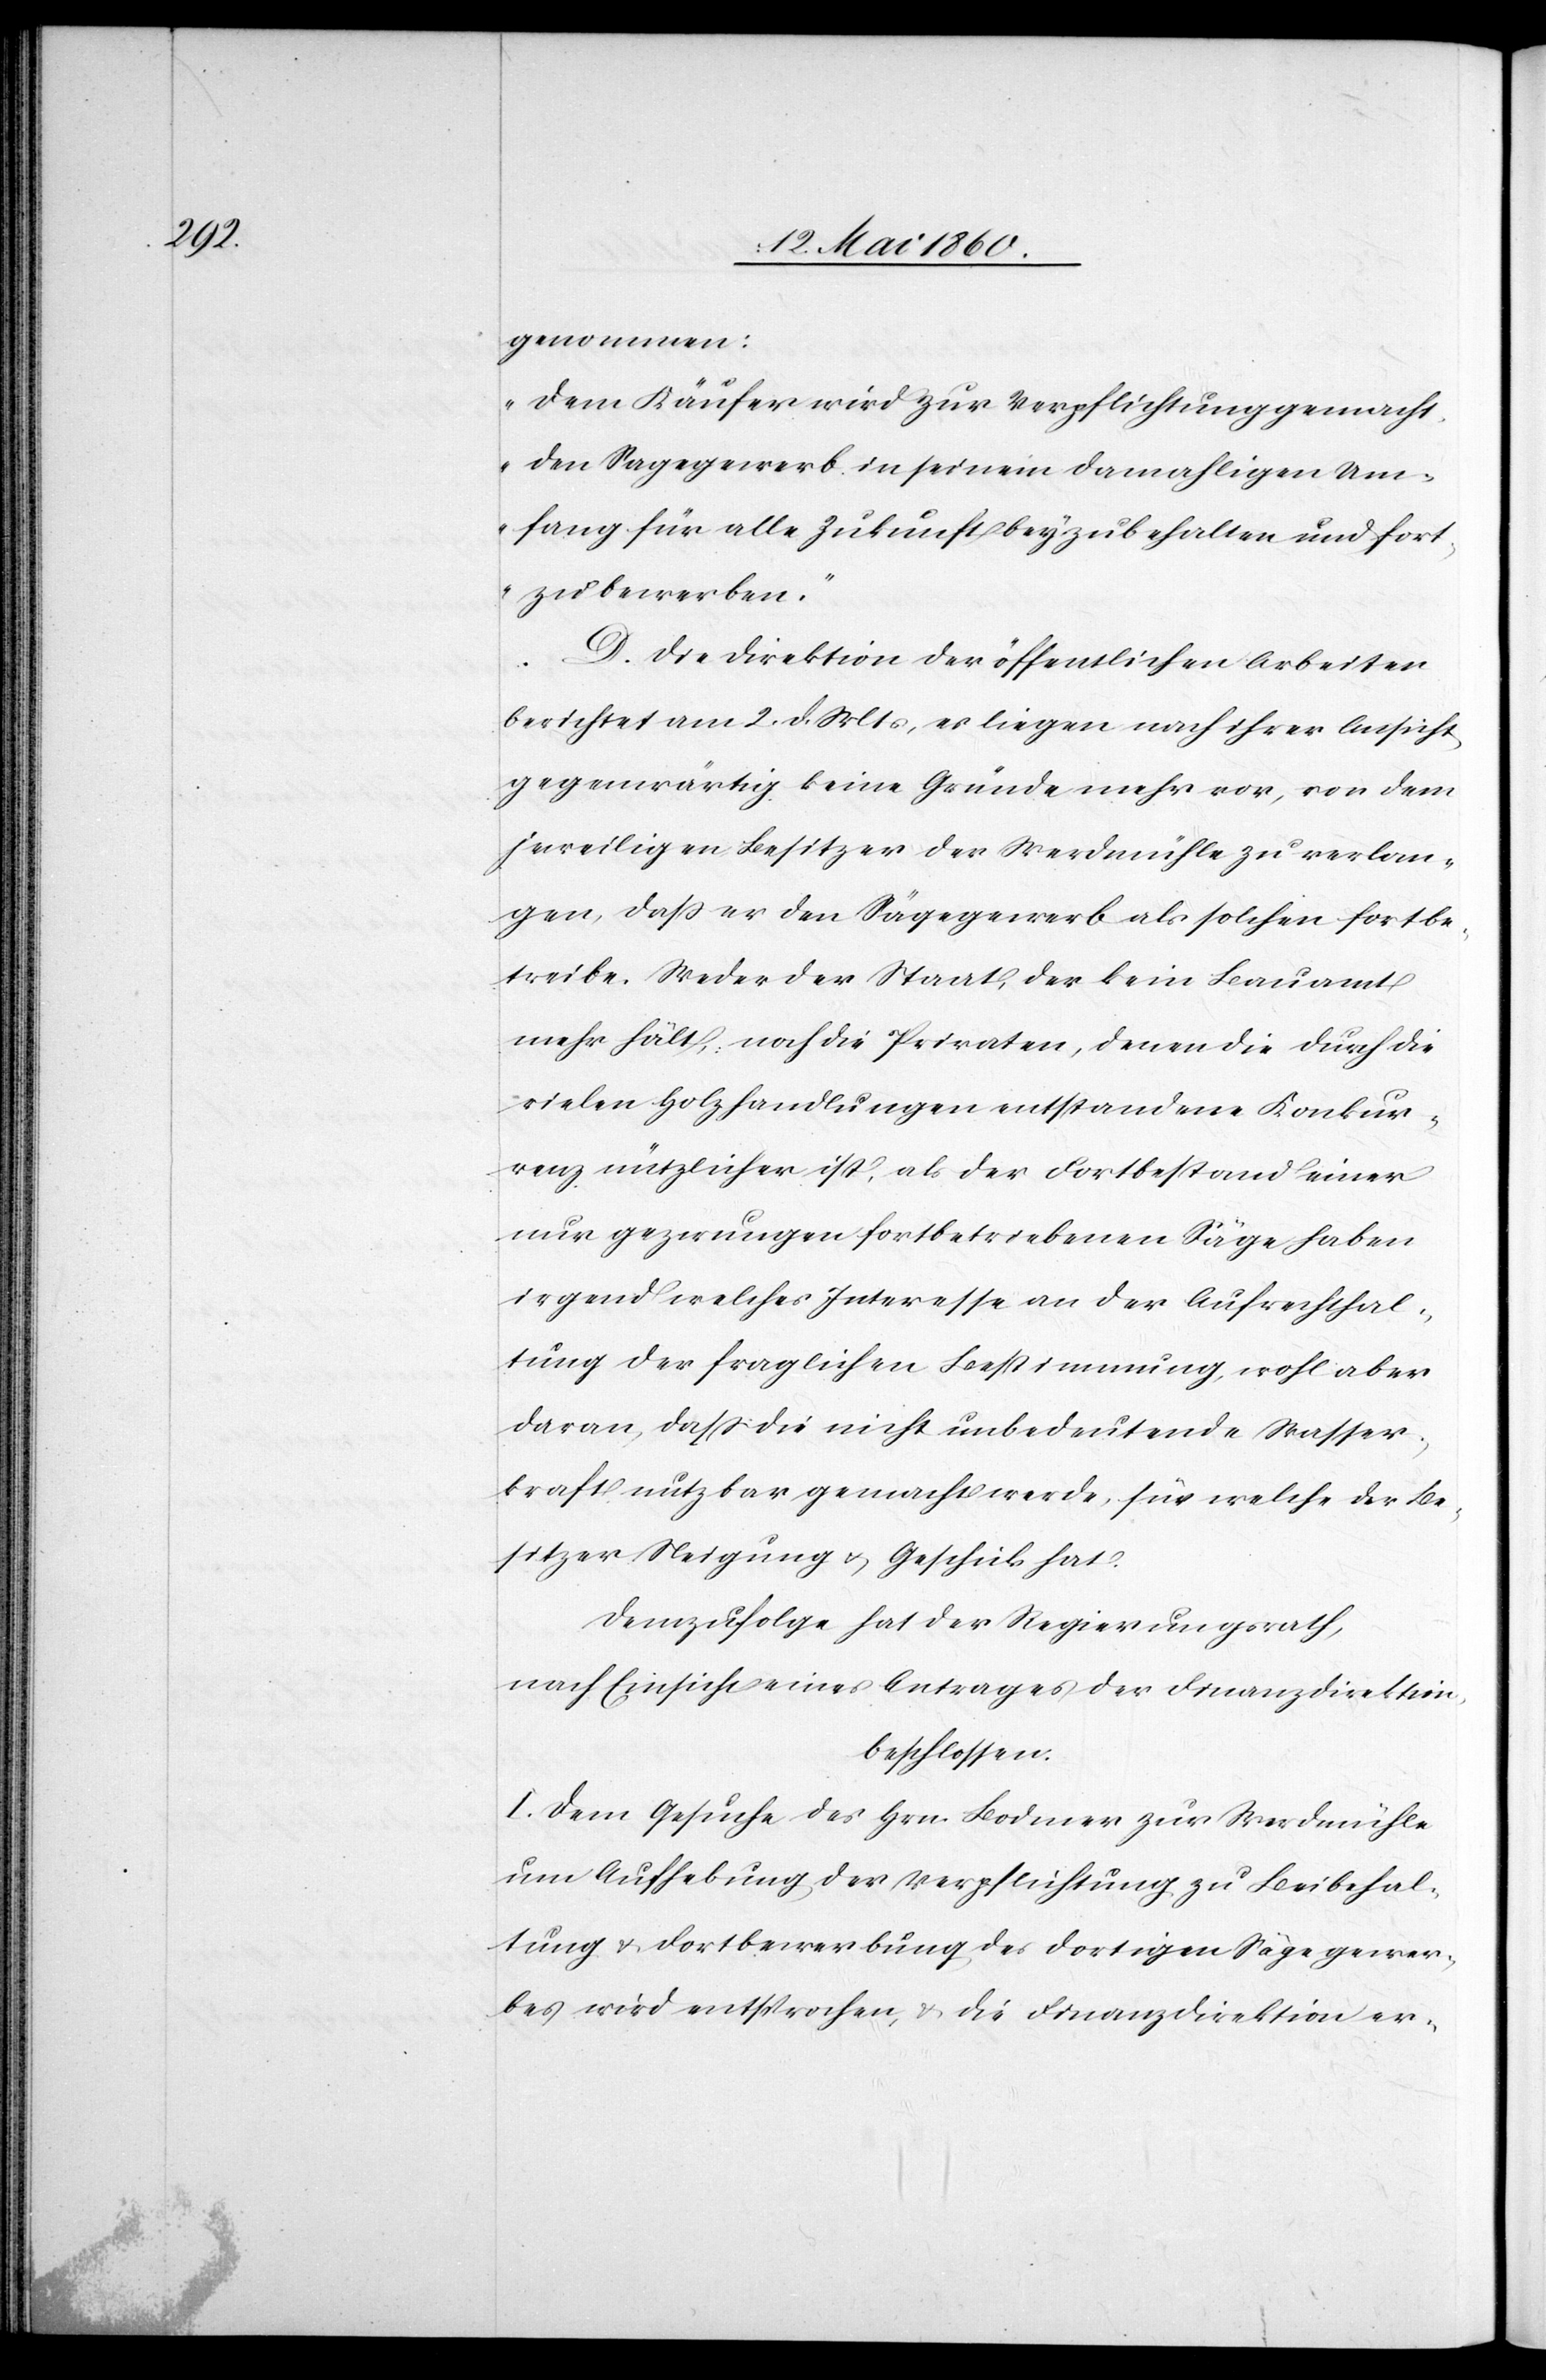
genommen:
„Dem Käufer wird zur Verpflichtung gemacht,
den Sagegewerb in seinem damahligen Um¬
fang für alle Zukunft beyzubehalten und fort¬
zubewerben.“
D. Die Direktion der öffentlichen Arbeiten
berichtet am 2. d. Mts., es liegen nach ihrer Ansicht
gegenwärtig keine Gründe mehr vor, von dem
jeweiligen Besitzer der Werdmühle zu verlan¬
gen, dass er den Sägegewerb als solchen fortbe¬
treibe. Weder der Staat, der kein Bauamt
mehr hält, noch die Privaten, denen die durch die
vielen Holzhandlungen entstandene Konkur¬
renz nützlicher ist, als der Fortbestand einer
nur gezwungen fortbetriebenen Säge haben
irgend welches Interesse an der Aufrechthal¬
tung der fraglichen Bestimmung, wohl aber
daran, dass die nicht unbedeutende Wasser¬
kraft nutzbar gemacht werde, für welche der Be¬
sitzer Neigung u. Geschick hat.
Demzufolge hat der Regierungsrath,
nach Einsicht eines Antrages der Finanzdirektion,
beschlossen:
I. Dem Gesuche des Hrn. Bodmer zur Werdmühle
um Aufhebung der Verpflichtung zu Beibehal¬
tung u. Fortbewerbung des dortigen Sägegewer¬
bes wird entsprochen, u. die Finanzdirektion er-